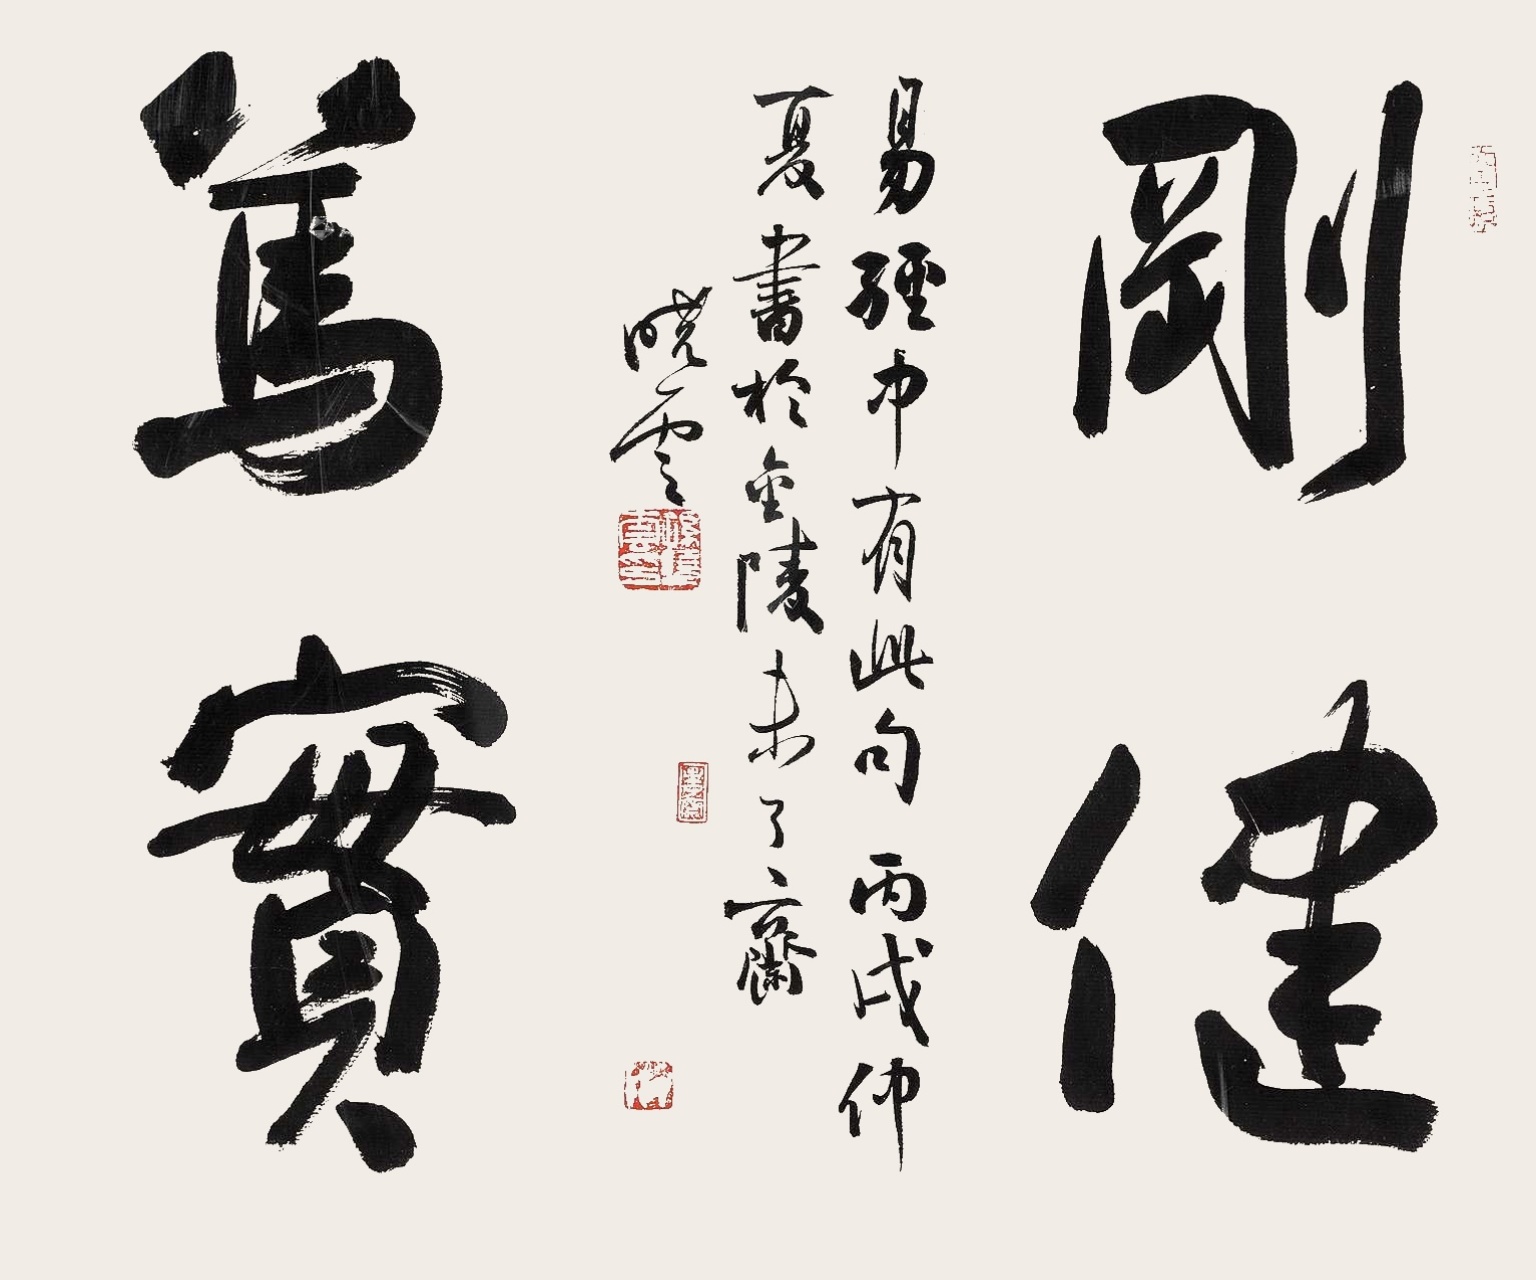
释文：刚健笃实。易经中有此句。丙戌（2006年）仲夏书于金陵未了斋，晓云。